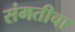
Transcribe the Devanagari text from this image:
संमतीचा